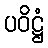
ပဝိဋ္ဌံ